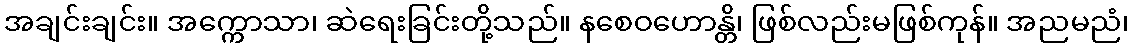
အချင်းချင်း။ အက္ကောသာ၊ ဆဲရေးခြင်းတို့သည်။ နစေဝဟောန္တိ၊ ဖြစ်လည်းမဖြစ်ကုန်။ အညမညံ၊